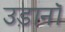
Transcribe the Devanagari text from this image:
उड़ानॉ